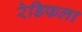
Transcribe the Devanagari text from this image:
रेडिफला